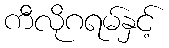
ကီလိုဂရမ်နှင့်